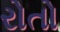
રોતો